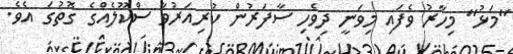
"މަޅު" މިހާރު ވެފައި މިވަނީ ދިވެހި ސާފަރުން ކުރިއަރުވާ ސްކޫލެއްގެ ގޮތުގަ އެވެ.